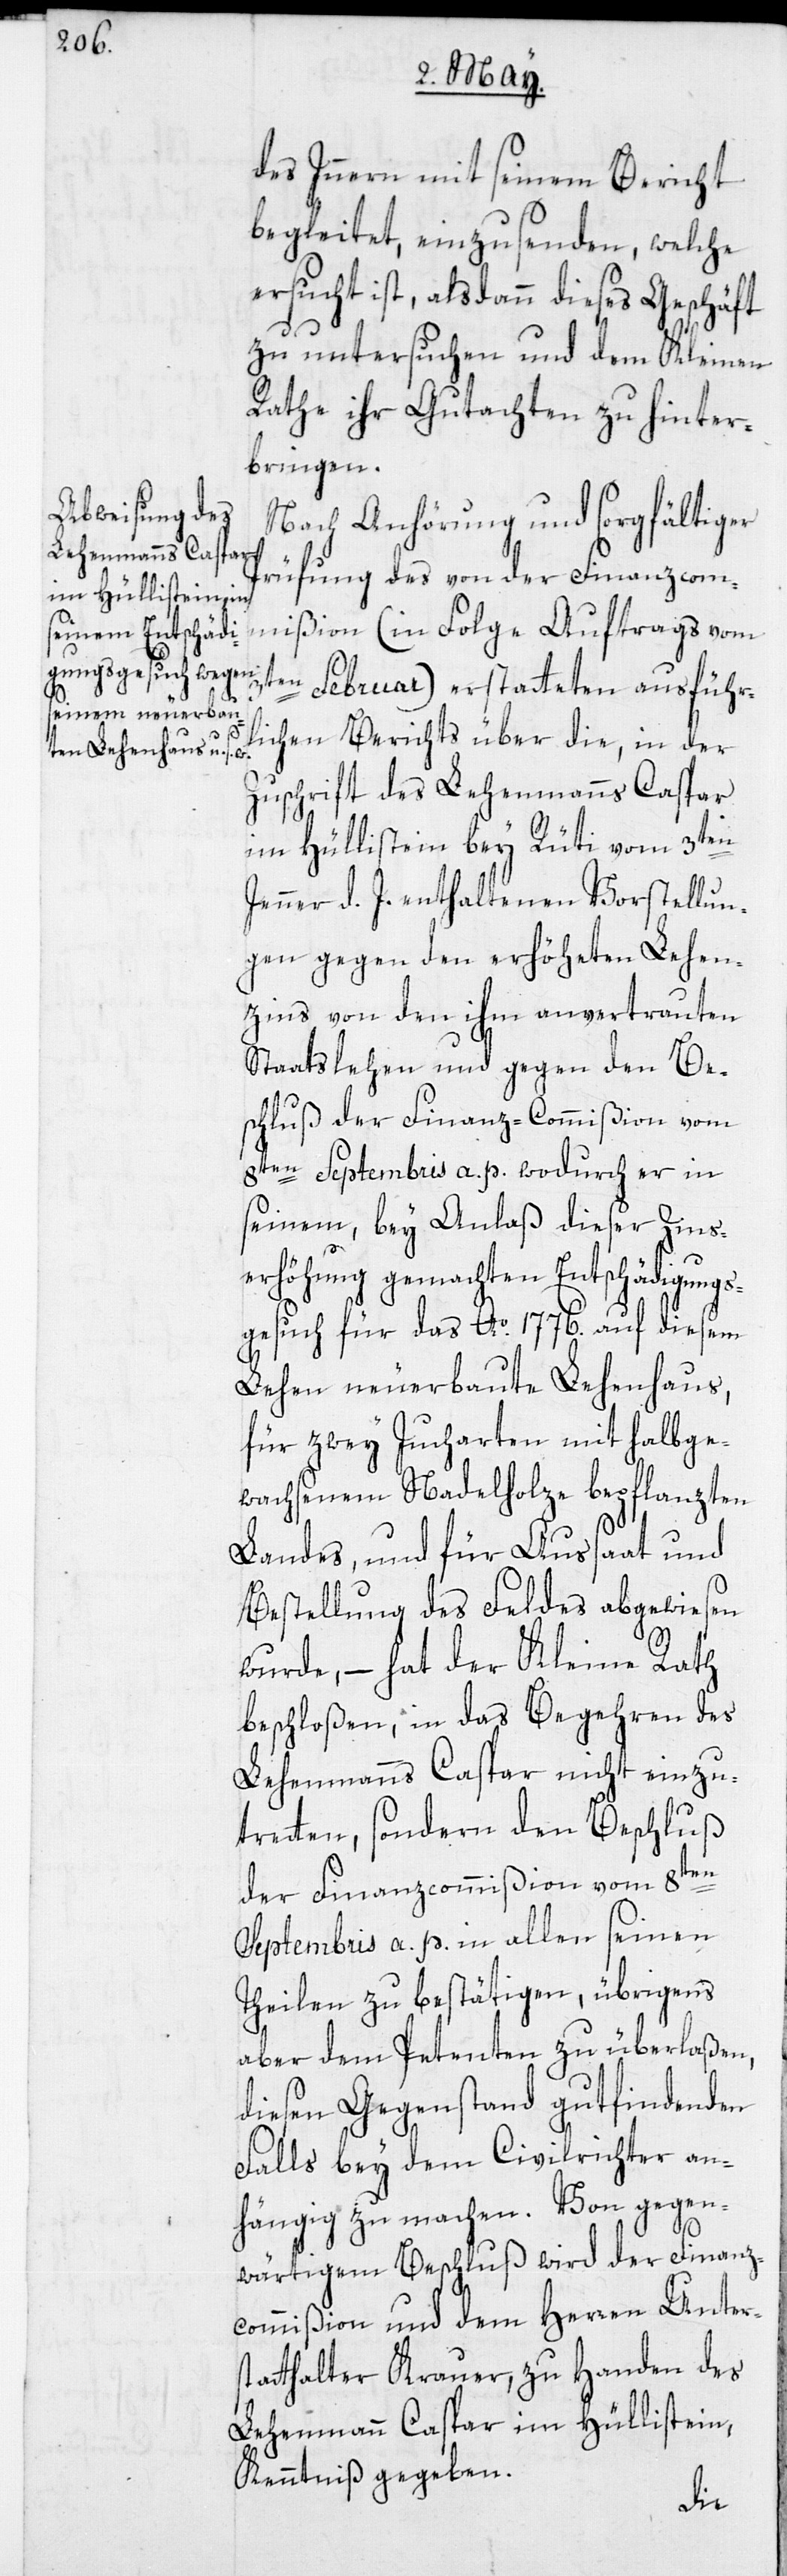
des Innern mit seinem Bericht
begleitet, einzusenden, welche
ersucht ist, alsdann dieses Geschäft
zu untersuchen und dem Kleinen
Rathe ihr Gutachten zu hinter¬
bringen.
Nach Anhörung und sorgfältiger
Prüfung des von der Finanzcom¬
mißion (in Folge Auftrags vom
3ten Februar) erstatteten ausführ¬
g¬
lichen Berichts über die, in der
Zuschrift des Lehenmanns Caspar
im Hüllistein bey Rüti vom 3ten
Jenner d. J. enthaltenen Vorstellun¬
gen gegen den erhöheten Lehen¬
zins von den ihm anvertrauten
Staatslehen und gegen den Be¬
schluß der Finanz-Commißion vom
8ten Septembris a. p. wodurch er in
seinem, bey Anlaß dieser Zins¬
erhöhung gemachten Entschädigungs¬
gesuch für das Ao. 1776. auf diesem
Lehen neuerbaute Lehenhaus,
für zwey Jucharten mit halbge¬
wachsenem Nadelholze bepflanzten
Landes, und für Aussaat und
Bestellung des Feldes abgewiesen
wurde, – hat der Kleine Rath
beschloßen, in das Begehren des
Lehenmanns Caspar nicht einzu¬
tretten, sondern den Beschluß
der Finanzcommißion vom 8ten
Septembris a. p. in allen seinen
Theilen zu bestätigen, übrigens
aber dem Petenten zu überlaßen,
diesen Gegenstand gutfindenden
Falls bey dem Civilrichter an¬
wärtigem Beschluß wird der Finanz¬
commißion und dem Herren Unters¬
tatthalter Krauer, zu Handen des
Lehenmann Caspar im Hüllistein,
Kenntniß gegeben.
egen¬